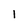
Character: l